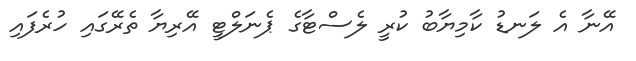
އޭނާ އެ ލަނޑު ކާމިޔާބު ކުރީ ލެސްޓާގެ ޕެނަލްޓީ އޭރިޔާ ތެރޭގައި ހުރެފައި